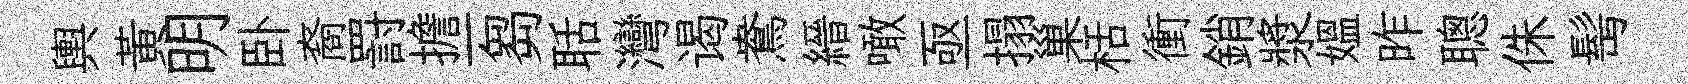
輿黃明卧裔罸擔一芻聒灣谒鴦縉噉亟搨巢栝衝銷漿媪昨聰侏髩